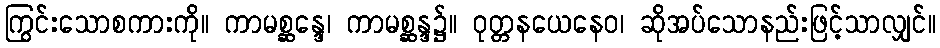
ကြွင်းသောစကားကို။ ကာမစ္ဆန္ဒေ၊ ကာမစ္ဆန္ဒ၌။ ဝုတ္တနယေနေဝ၊ ဆိုအပ်သောနည်းဖြင့်သာလျှင်။